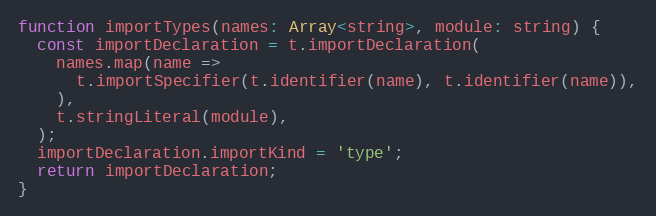
Language: JavaScript
function importTypes(names: Array<string>, module: string) {
  const importDeclaration = t.importDeclaration(
    names.map(name =>
      t.importSpecifier(t.identifier(name), t.identifier(name)),
    ),
    t.stringLiteral(module),
  );
  importDeclaration.importKind = 'type';
  return importDeclaration;
}